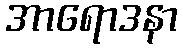
အာရောဒနာ